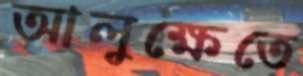
আলুক্ষেতে